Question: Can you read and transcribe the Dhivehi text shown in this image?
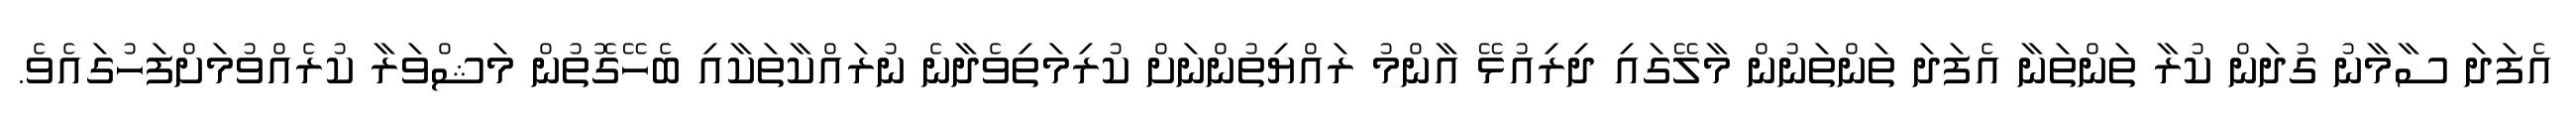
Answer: އެފަދަ ސާމާނު ގުދަން ކުރާ ތަންތަނާ އެފަދަ ތަންތަނުން މާލޭގައި ދިރިއުޅޭ އާންމު ރައްޔިތުންނަށް ކުރިމަތިވެދާނެ ނުރައްކާތަކާއި ބެހޭގޮތުން މަޝްވަރާ ކުރެއްވުމަށްފަހުގައެވެ.